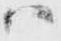
ハ